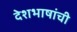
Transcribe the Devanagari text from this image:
देशभाषांची